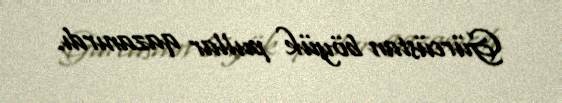
Gürcüstan böyük pullar qazanırdı.